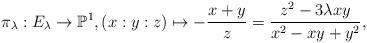
LaTeX: \begin{align*}\pi_{\lambda}:E_{\lambda}\rightarrow\mathbb{P}^{1},(x:y:z)\mapsto-\frac{x+y}{z}=\frac{z^{2}-3\lambda xy}{x^{2}-xy+y^{2}},\end{align*}